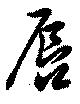
唇